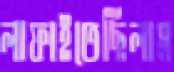
লাফাইতেছিলাম